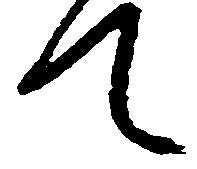
て